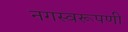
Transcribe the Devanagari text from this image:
नगस्वरूपणी